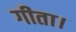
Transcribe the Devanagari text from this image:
गीता।